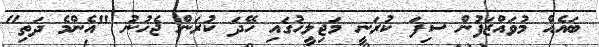
ބައެއް މުވައްޒަފުން ސިފަ ކުރަނީ މަޖިލީހުގައި ހޭދަ ކުރަން ޖެހުނު "އެންމެ ދަތި"